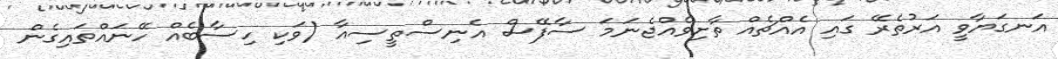
އަނގަޔާވީ އަރުތެރޭ ގައި އެއްޗެއް ތާށިވެއްޖެނަމަ ސާފޭސް އެނިސްތީސިއާ (ވަކި ހިސާބެއް ހޭނައްތައިގެން